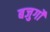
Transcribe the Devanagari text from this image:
बजुर्गों